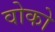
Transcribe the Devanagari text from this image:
वोको